Lock hospitals Punjab
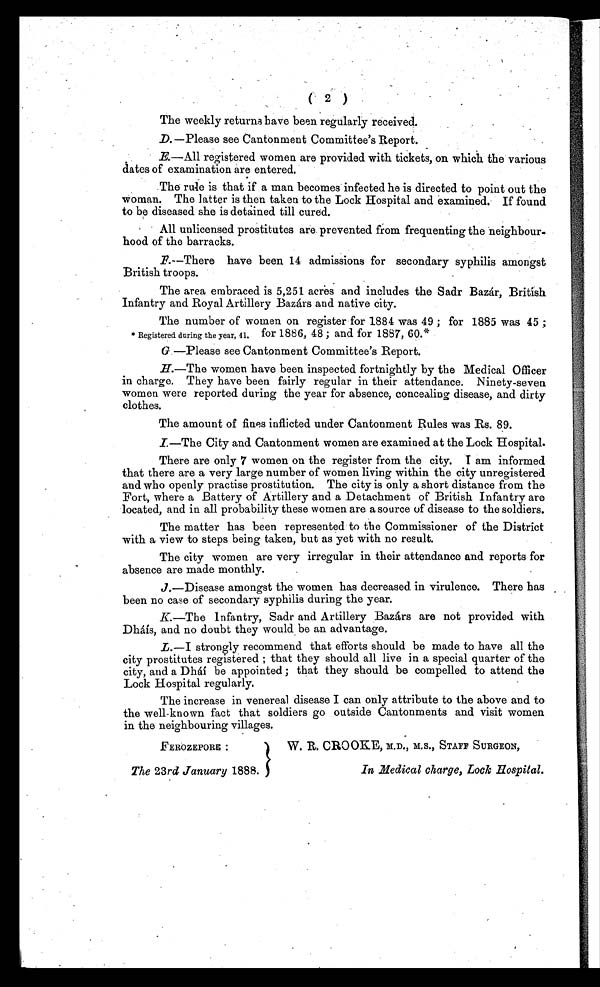
( 2 )
The weekly returns have been regularly received.
D. —Please see Cantonment Committee's Report.
E. —All registered women are provided with tickets, on which the various
dates of examination are entered.
The rule is that if a man becomes infected he is directed to point out the
woman. The latter is then taken to the Lock Hospital and examined. If found
to be diseased she is detained till cured.
All unlicensed prostitutes are prevented from frequenting the neighbour-
hood of the barracks.
F.—There have been 14 admissions for secondary syphilis amongst
British troops.
The area embraced is 5,251 acres and includes the Sadr Bazár, British
Infantry and Royal Artillery Bazárs and native city.
The number of women on register for 1884 was 49 ; for 1885 was 45 ;
* Registered during the year, 41. for 1886, 48 ; and for 1887, 60.*
G.—Please see Cantonment Committee's Report.
H
.—The women have been inspected fortnightly by the Medical Officer
in charge. They have been fairly regular in their attendance. Ninety-seven
women were reported during the year for absence, concealing disease, and dirty
clothes.
The amount of fines inflicted under Cantonment Rules was Rs. 89.
I—The City and Cantonment women are examined at the Lock Hospital.
There are only 7 women on the register from the city. I am informed
that there are a very large number of women living within the city unregistered
and who openly practise prostitution. The city is only a short distance from the
Fort, where a Battery of Artillery and a Detachment of British Infantry are
located, and in all probability these women are a source of disease to the soldiers.
The matter has been represented to the Commissioner of the District
with a view to steps being taken, but as yet with no result.
The city women are very irregular in their attendance and reports for
absence are made monthly.
J .—Disease amongst the women has decreased in virulence. There has
been no case of secondary syphilis during the year.
K .—The Infantry, Sadr and Artillery Bazárs are not provided with
Dháís, and no doubt they would be an advantage.
L .—I strongly recommend that efforts should be made to have all the
city prostitutes registered ; that they should all live in a special quarter of the
city, and a Dháí be appointed ; that they should be compelled to attend the
Lock Hospital regularly.
The increase in venereal disease I can only attribute to the above and to
the well-known fact that soldiers go outside Cantonments and visit women
in the neighbouring villages.
FEROZEPORE
The 23rd January 1888.
W. R. CROOKE, M.D., M.S., STAFF SURGEON,
In Medical charge, Lock Hospital.